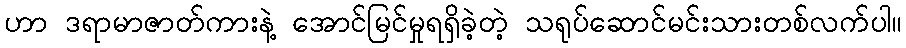
ဟာ ဒရာမာဇာတ်ကားနဲ့ အောင်မြင်မှုရရှိခဲ့တဲ့ သရုပ်ဆောင်မင်းသားတစ်လက်ပါ။